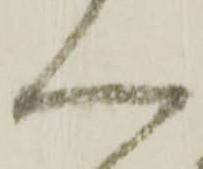
ん